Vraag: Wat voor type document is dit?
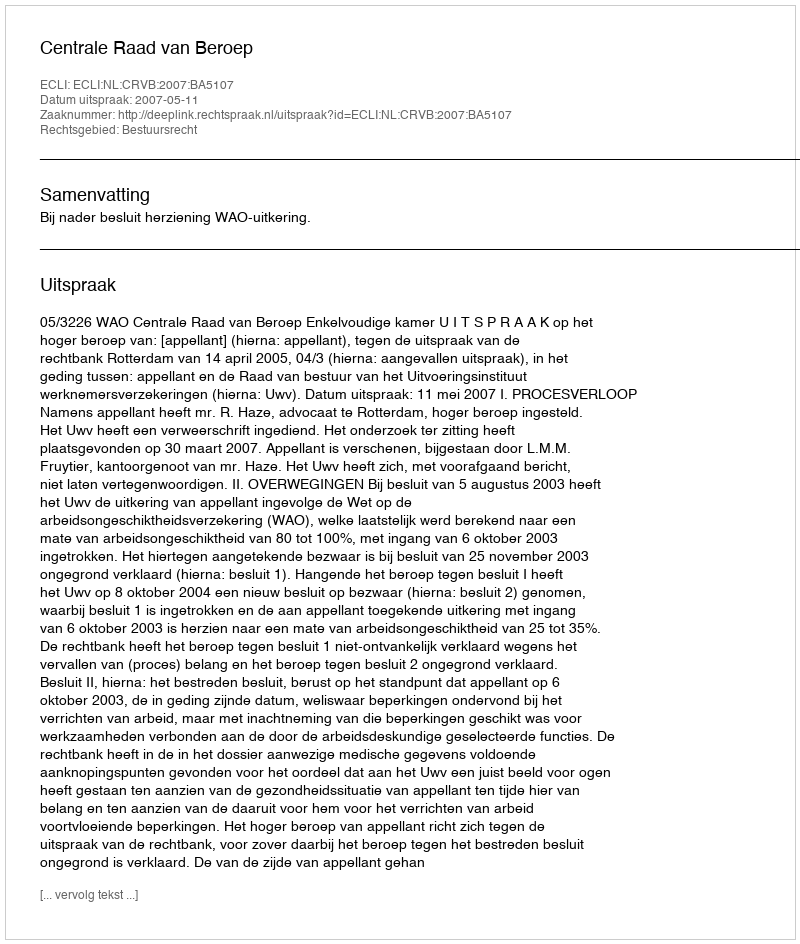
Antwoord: Uitspraak